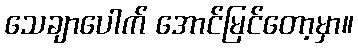
သေချာပေါက် အောင်မြင်တော့မှာ။